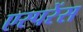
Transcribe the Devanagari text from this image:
एस्परेंस